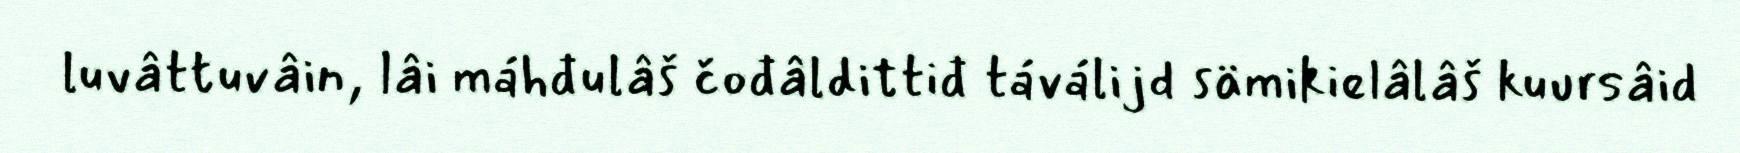
luvâttuvâin, lâi máhđulâš čođâldittiđ táválijd sämikielâlâš kuursâid